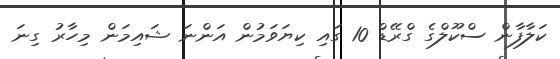
ކަލާފާން ސްކޫލްގެ ގްރޭޑް 10 ގައި ކިޔަވަމުން އަންނަ ޝައިމަން މިހާރު ގިނަ